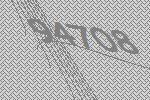
94708